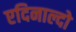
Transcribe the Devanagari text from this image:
एदिनाल्दो